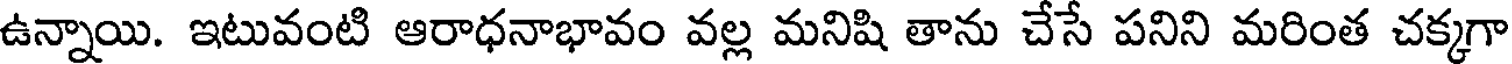
ఉన్నాయి. ఇటువంటి ఆరాధనాభావం వల్ల మనిషి తాను చేసే పనిని మరింత చక్కగా